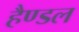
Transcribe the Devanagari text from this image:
हैण्डल